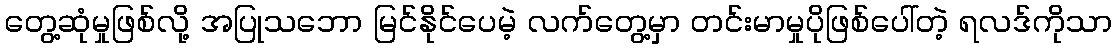
တွေ့ဆုံမှုဖြစ်လို့ အပြုသဘော မြင်နိုင်ပေမဲ့ လက်တွေ့မှာ တင်းမာမှုပိုဖြစ်ပေါ်တဲ့ ရလဒ်ကိုသာ